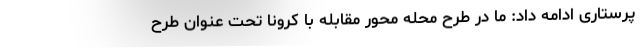
پرستاری ادامه داد: ما در طرح محله محور مقابله با کرونا تحت عنوان طرح